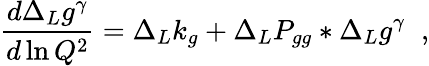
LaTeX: \frac{d\Delta_{L}g^{\gamma}}{d\ln Q^{2}}=\Delta_{L}k_{g}+\Delta_{L}P_{gg}\ast\Delta_{L}g^{\gamma}\; \; ,